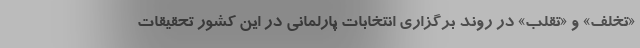
«تخلف» و «تقلب» در روند برگزاری انتخابات پارلمانی در این کشور تحقیقات